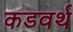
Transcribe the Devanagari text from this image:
कडवर्थ